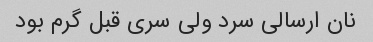
نان ارسالی سرد ولی سری قبل گرم بود